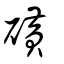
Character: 磺